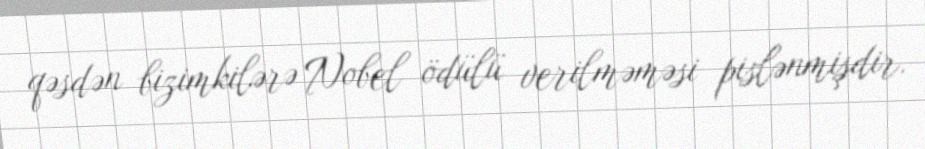
qəsdən bizimkilərə Nobel ödülü verilməməsi pislənmişdir.